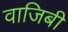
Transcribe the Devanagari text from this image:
वाजिबी